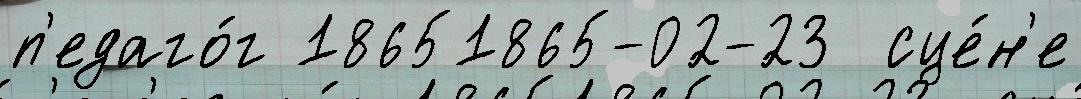
п'едаго́г 18651865-02-23  сце́н'е